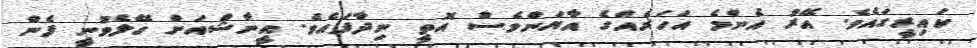
ކައިރީގައެވެ. އޭރު އެންމެ އަހަރެއްގެ އާޔަންވެސް އޮތީ ނިދާފައެވެ. އީނާޝްއަށް ހޭލެވުނީ ފެން